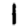
Digit: 1